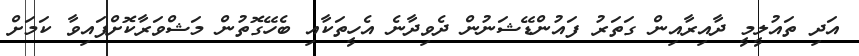
އަދި ތައުލީމީ ދާއިރާއިން ގަތަރު ފައުންޑޭޝަނުން ދެވިދާނެ އެހީތަކާއި ބެހޭގޮތުން މަޝްވަރާކޮށްފައިވާ ކަަމަށް